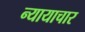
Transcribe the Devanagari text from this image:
न्यायाचार